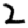
Digit: 2